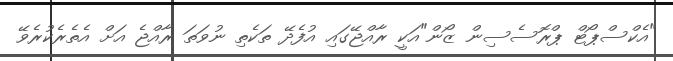
"އެކްސްޕޯޓް ޕްރޮސެސިން ޒޯން"އަކީ ރާއްޖޭގައި އުފެދޭ ތަކެތި ނުވަތަ ރާއްޖެ އަށް އެތެރެކުރެވޭ